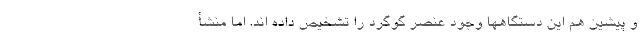
و پیشین هم این دستگاهها وجود عنصر گوگرد را تشخیص داده اند. اما منشأ